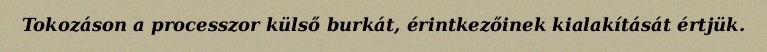
Tokozáson a processzor külső burkát, érintkezőinek kialakítását értjük.